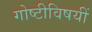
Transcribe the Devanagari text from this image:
गोष्टीविषयीं